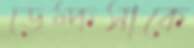
ডেম্কসাকে